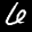
Label: 6